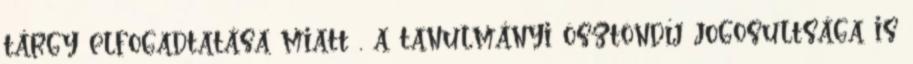
tárgy elfogadtatása miatt , a tanulmányi ösztöndíj jogosultsága is